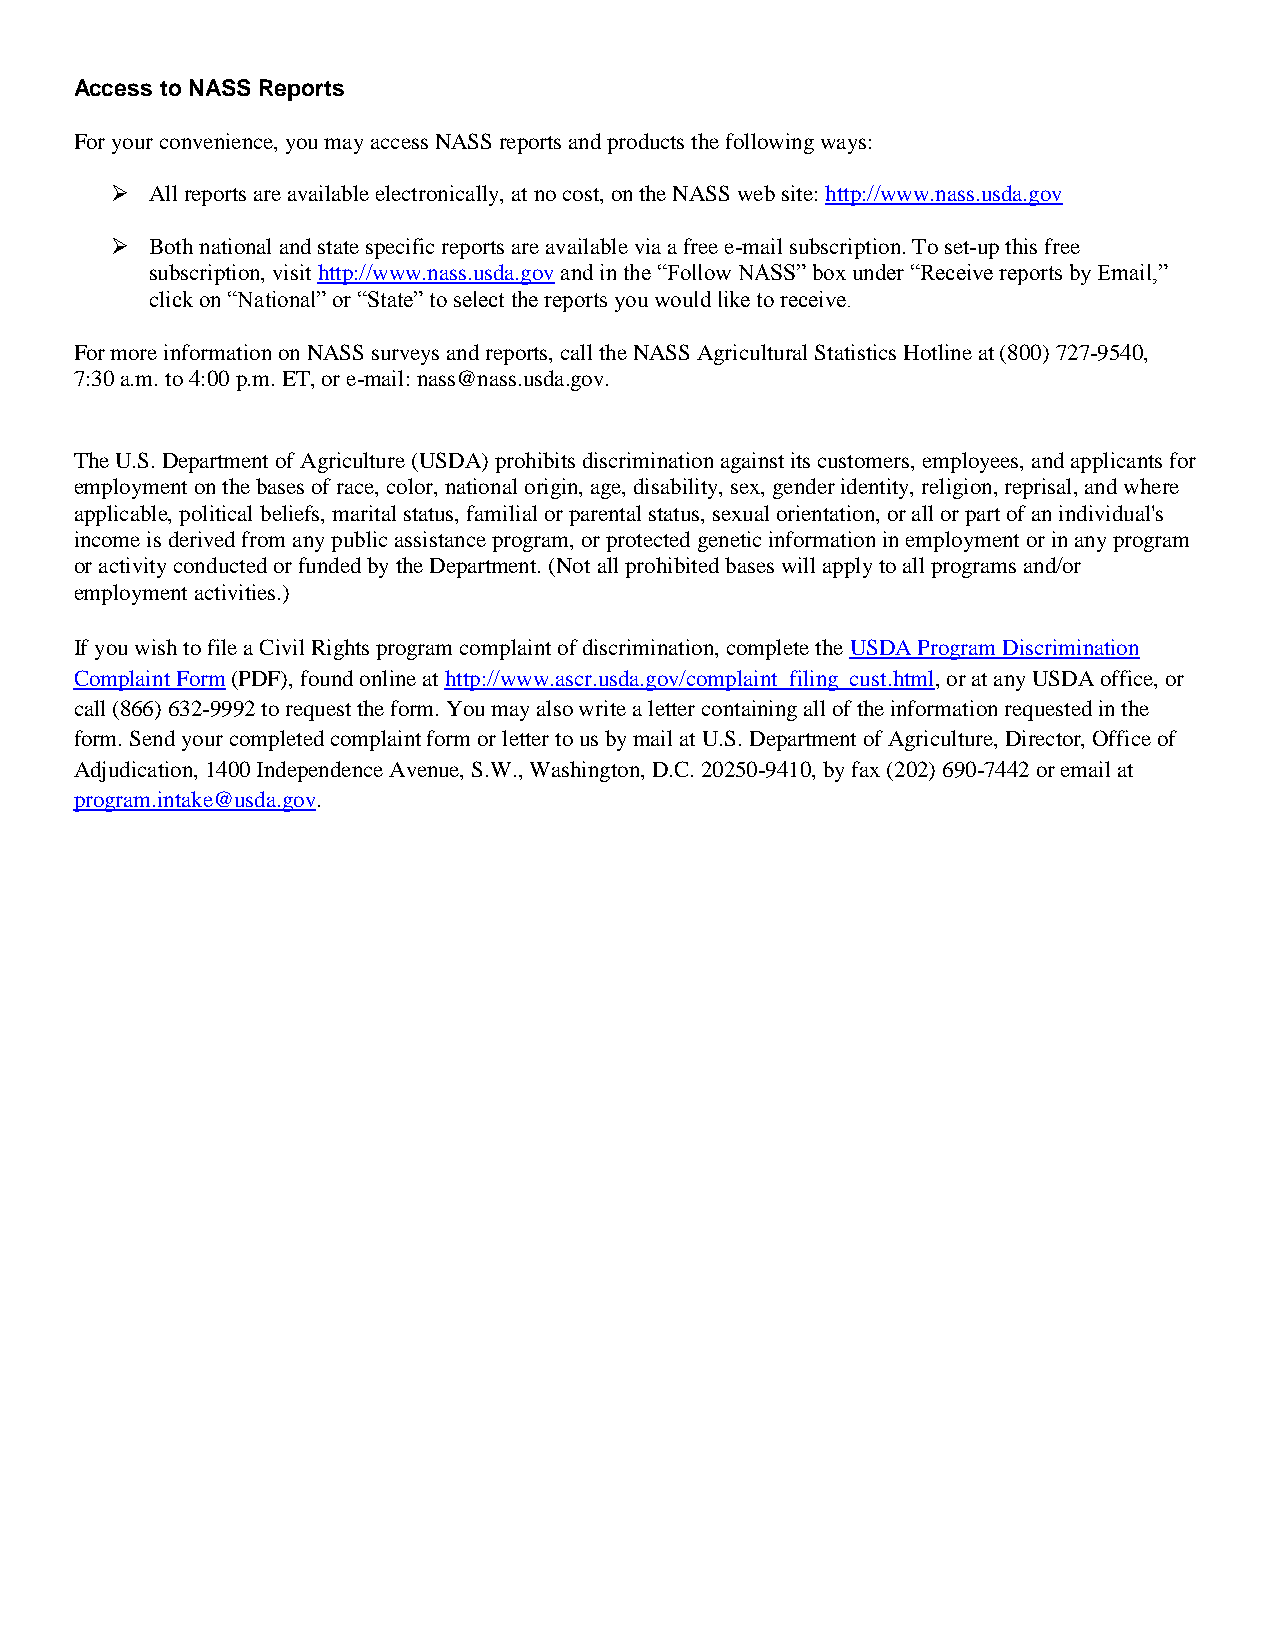
Access to NASS Reports
 For your convenience, you may access NASS reports and products the following ways:
   All reports are available electronically, at no cost, on the NASS web site: http://www.nass.usda.gov
   Both national and state specific reports are available via a free e-mail subscription. To set-up this free
 subscription, visit http://www.nass.usda.gov and in the “Follow NASS” box under “Receive reports by Email,”
 click on “National” or “State” to select the reports you would like to receive.
 For more information on NASS surveys and reports, call the NASS Agricultural Statistics Hotline at (800) 727-9540,
 7:30 a.m. to 4:00 p.m. ET, or e-mail: nass@nass.usda.gov.
 The U.S. Department of Agriculture (USDA) prohibits discrimination against its customers, employees, and applicants for
 employment on the bases of race, color, national origin, age, disability, sex, gender identity, religion, reprisal, and where
 applicable, political beliefs, marital status, familial or parental status, sexual orientation, or all or part of an individual's
 income is derived from any public assistance program, or protected genetic information in employment or in any program
 or activity conducted or funded by the Department. (Not all prohibited bases will apply to all programs and/or
 employment activities.)
 If you wish to file a Civil Rights program complaint of discrimination, complete the USDA Program Discrimination
 Complaint Form (PDF), found online at http://www.ascr.usda.gov/complaint_filing_cust.html, or at any USDA office, or
 call (866) 632-9992 to request the form. You may also write a letter containing all of the information requested in the
 form. Send your completed complaint form or letter to us by mail at U.S. Department of Agriculture, Director, Office of
 Adjudication, 1400 Independence Avenue, S.W., Washington, D.C. 20250-9410, by fax (202) 690-7442 or email at
 program.intake@usda.gov.